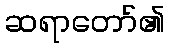
ဆရာတော်၏